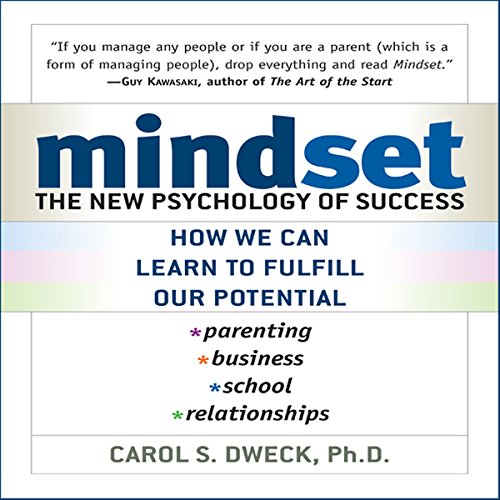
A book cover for Mindset: The New Psychology of Success; Carol Dweck; Medical Books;